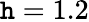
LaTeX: \mathtt{h}=1.2